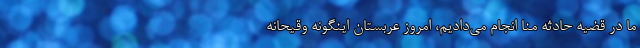
ما در قضیه حادثه منا انجام می‌دادیم، امروز عربستان اینگونه وقیحانه